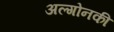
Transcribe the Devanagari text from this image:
अल्गोनकी